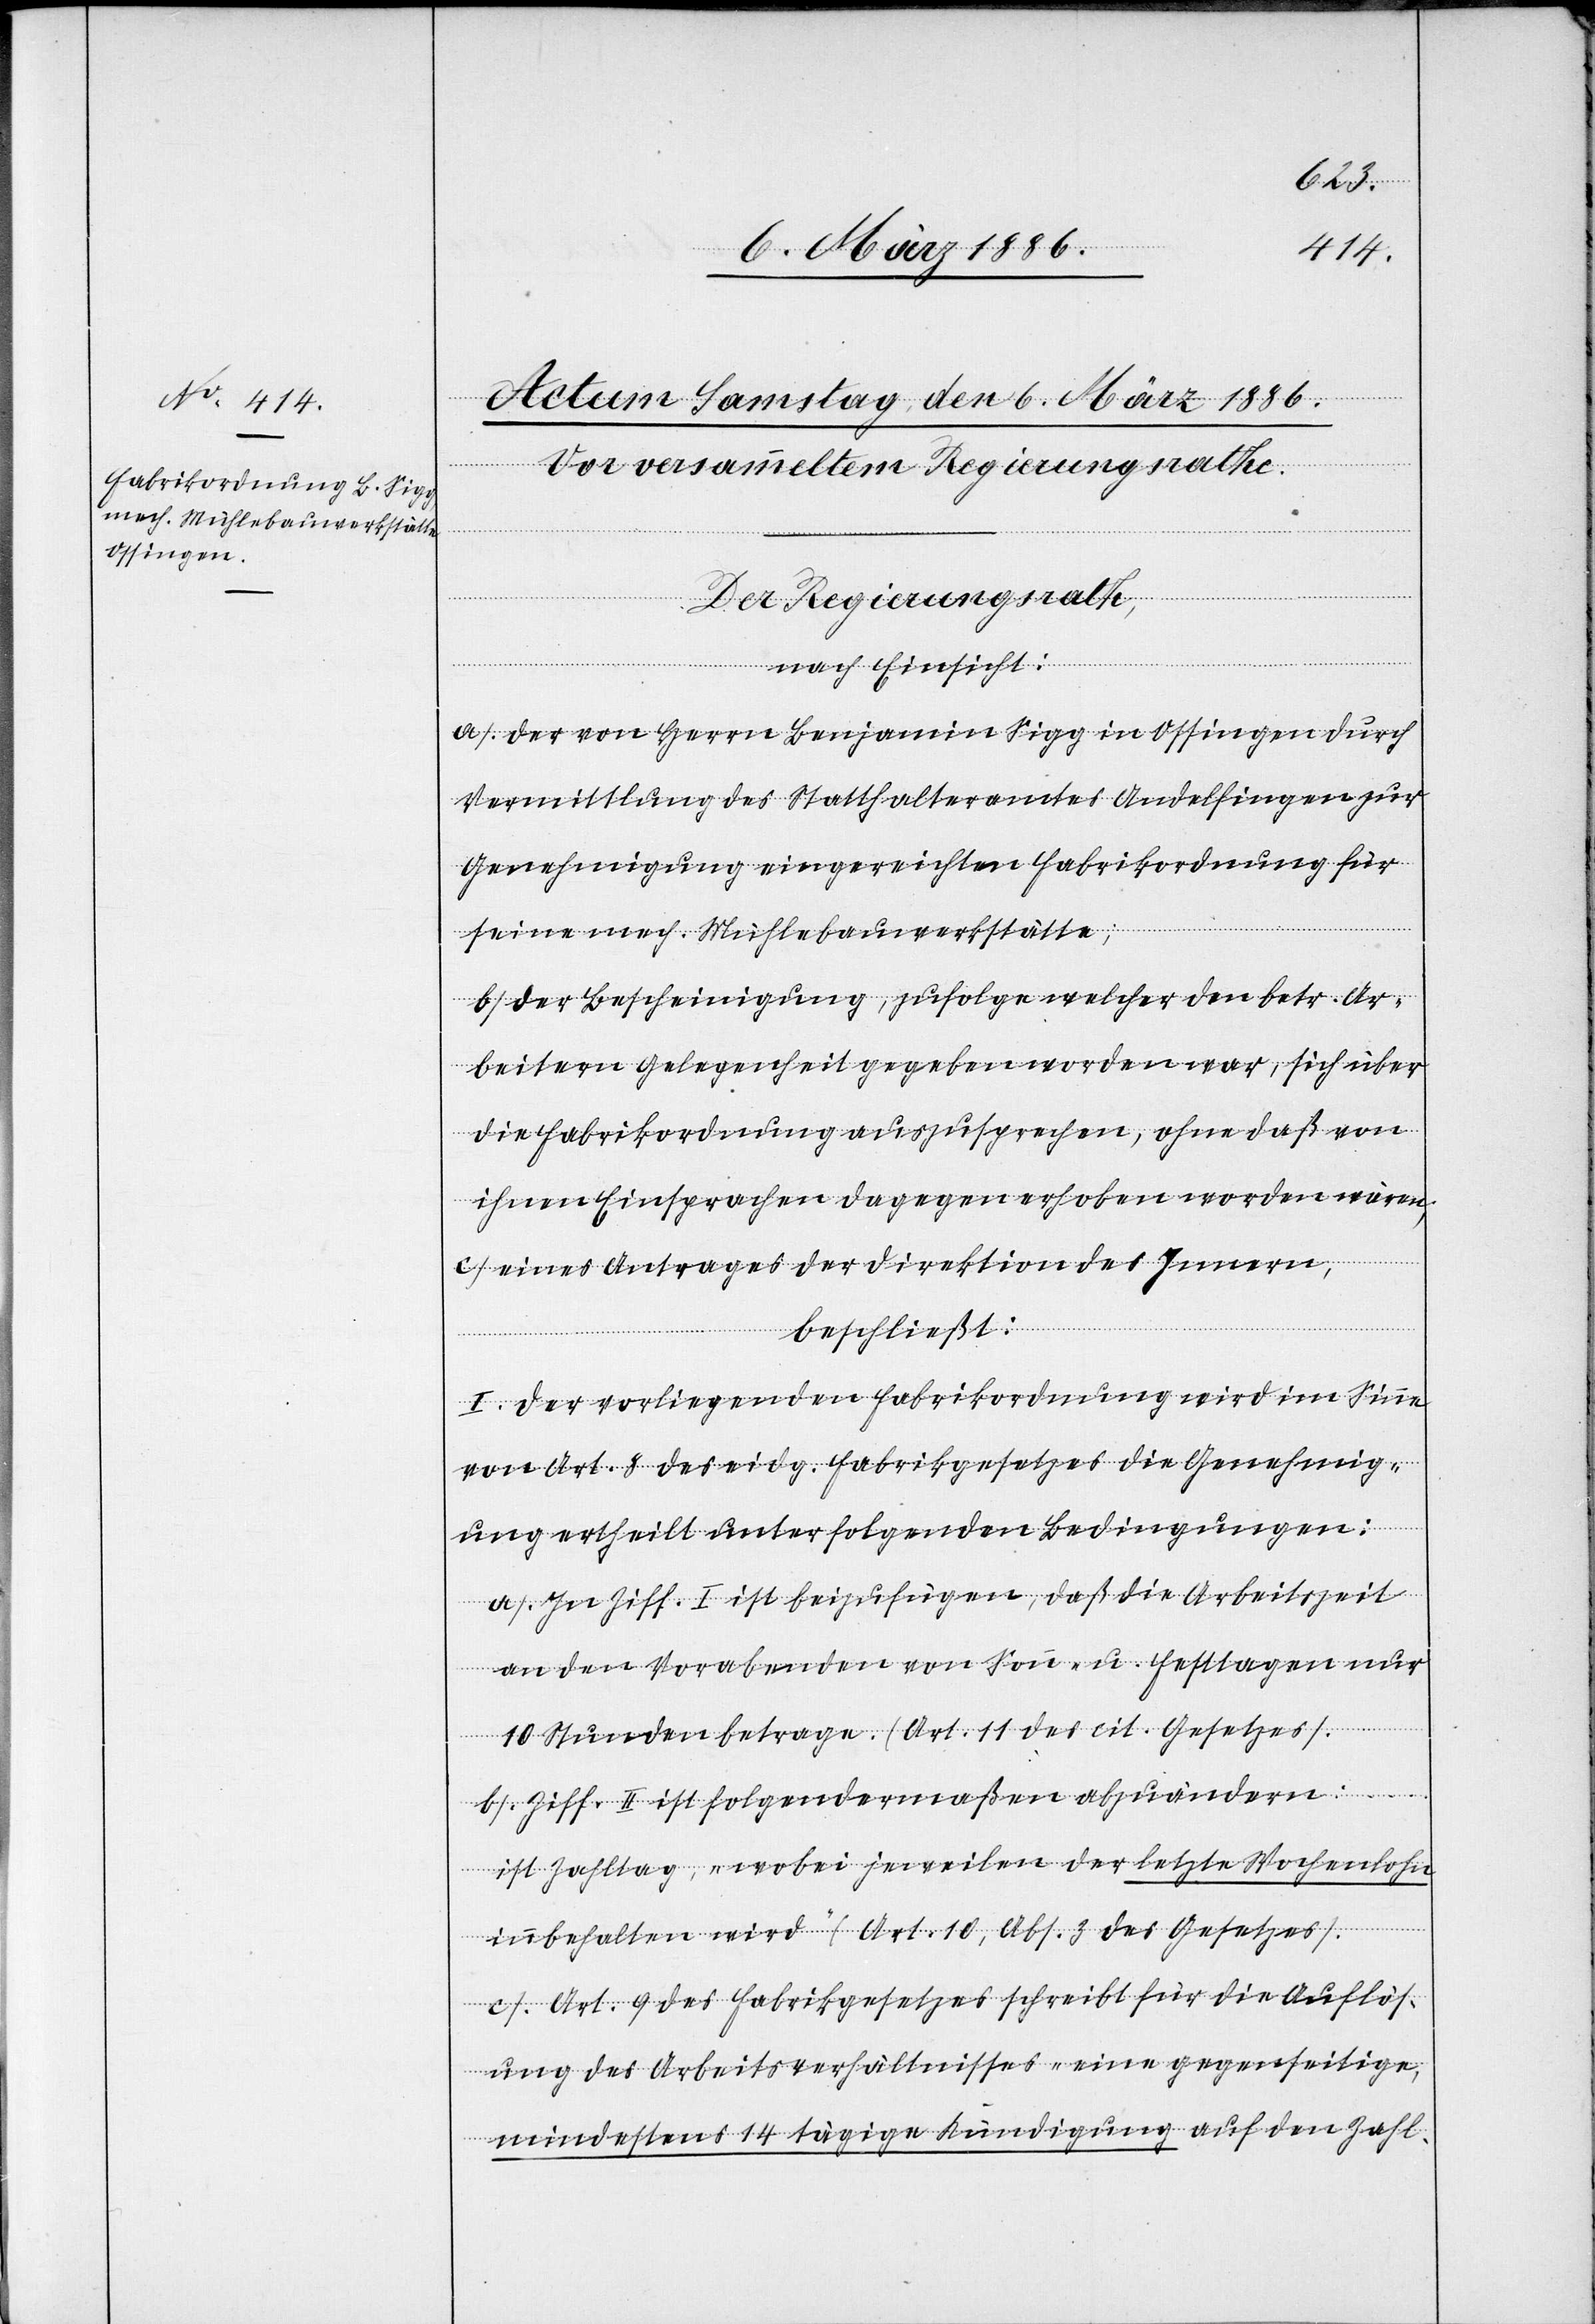
Der Regierungsrath,
nach Einsicht:
a) Der von Herrn Benjamin Sigg in Ossingen durch
Vermittlung des Statthalteramtes Andelfingen zur
Genehmigung eingereichten Fabrikordnung für
seine mech. Mühlebauwerkstätte;
b) Der Bescheinigung, zufolge welcher den betr. Ar¬
beitern Gelegenheit gegeben worden war, sich über
die Fabrikordnung auszusprechen, ohne daß von
ihnen Einsprachen dagegen erhoben worden wäre¬
n;
c) Eines Antrages der Direktion des Innern,
beschließt:
I. Der vorliegenden Fabrikordnung wird im Sinne
von Art. 8 des eidg. Fabrikgesetzes die Genehmig¬
ung ertheilt unter folgenden Bedingungen:
a) In Ziff. I ist beizufügen, daß die Arbeitszeit
an den Vorabenden von Sonn- u. Festtagen nur
10 Stunden betrage. (Art. 11 des cit. Gesetzes).
b) Ziff. II ist folgendermaßen abzuändern:
Ist Zahltag, „wobei jeweilen der letzte Wochenlohn
innbehalten wird“ (Art. 10, Abs. 3 des Gesetzes).
c) Art. 9 des Fabrikgesetzes schreibt für die Auflös¬
ung des Arbeitsverhältnisses „eine gegenseitige,
mindestens 14tägige Kündigung auf den Zahl-